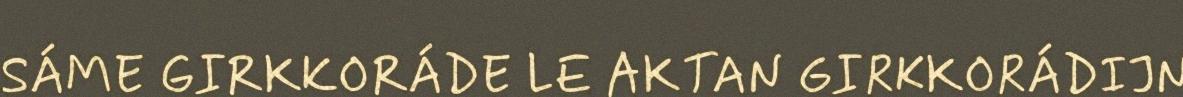
SÁME GIRKKORÁDE LE AKTAN GIRKKORÁDIJN